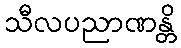
သီလပညာဏန္တိ